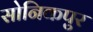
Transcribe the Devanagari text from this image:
सोनिकपुर